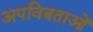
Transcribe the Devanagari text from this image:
अपवित्रताओं